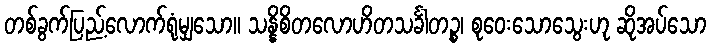
တစ်ခွက်ပြည့်လောက်ရုံမျှသော။ သန္နိစိတလောဟိတသင်္ခါတဉ္စ၊ စုဝေးသောသွေးဟု ဆိုအပ်သော